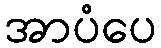
အာပံပေ